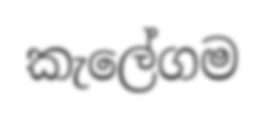
කැලේගම